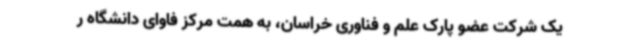
یک شرکت عضو پارک علم و فناوری خراسان، به همت مرکز فاوای دانشگاه ر